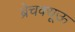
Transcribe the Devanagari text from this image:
ब्रेचक्यूऊ